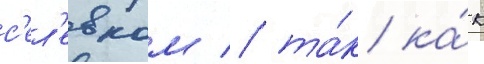
с'ел'евком / та́к ка́к